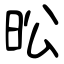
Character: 昖